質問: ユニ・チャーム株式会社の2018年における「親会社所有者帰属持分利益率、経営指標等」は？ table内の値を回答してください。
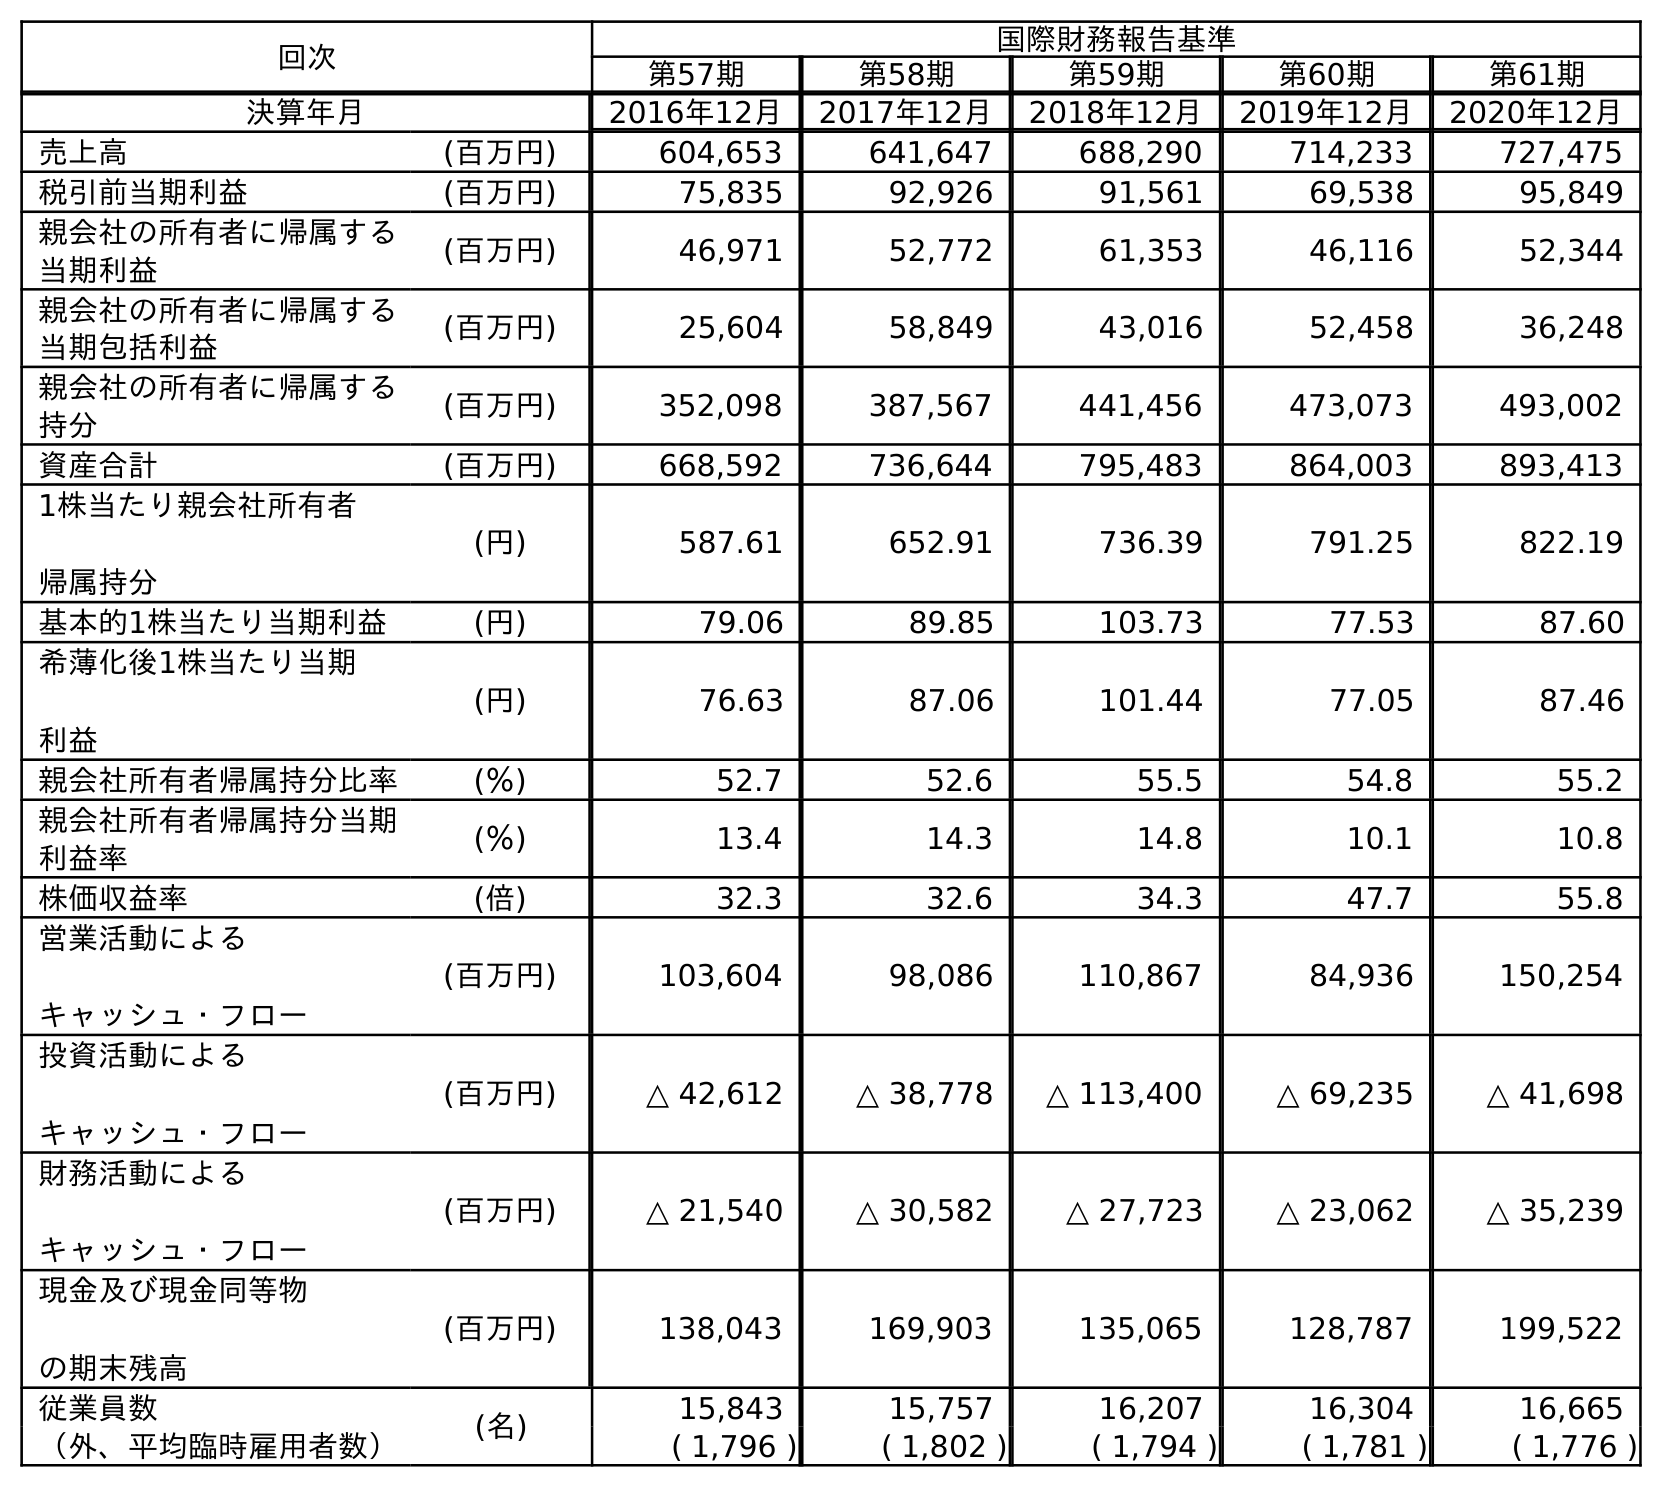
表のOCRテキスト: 回次 国際財務報告基準 第57期 第58期 第59期 第60期 第61期 決算年月 2016年12月 2017年12月 2018年12月 2019年12月 2020年12月 売上高 (百万円) 604,653 641,647 688,290 714,233 727,475 税引前当期利益 (百万円) 75,835 92,926 91,561 69,538 95,849 親会社の所有者に帰属する 当期利益 (百万円) 46,971 52,772 61,353 46,116 52,344 親会社の所有者に帰属する 当期包括利益 (百万円) 25,604 58,849 43,016 52,458 36,248 親会社の所有者に帰属する 持分 (百万円) 352,098 387,567 441,456 473,073 493,002 資産合計 (百万円) 668,592 736,644 795,483 864,003 893,413 1株当たり親会社所有者 帰属持分 (円) 587.61 652.91 736.39 791.25 822.19 基本的1株当たり当期利益 (円) 79.06 89.85 103.73 77.53 87.60 希薄化後1株当たり当期 利益 (円) 76.63 87.06 101.44 77.05 87.46 親会社所有者帰属持分比率 (％) 52.7 52.6 55.5 54.8 55.2 親会社所有者帰属持分当期 利益率 (％) 13.4 14.3 14.8 10.1 10.8 株価収益率 (倍) 32.3 32.6 34.3 47.7 55.8 営業活動による キャッシュ・フロー (百万円) 103,604 98,086 110,867 84,936 150,254 投資活動による キャッシュ・フロー (百万円) △ 42,612 △ 38,778 △ 113,400 △ 69,235 △ 41,698 財務活動による キャッシュ・フロー (百万円) △ 21,540 △ 30,582 △ 27,723 △ 23,062 △ 35,239 現金及び現金同等物 の期末残高 (百万円) 138,043 169,903 135,065 128,787 199,522 従業員数 (名) 15,843 15,757 16,207 16,304 16,665 （外、平均臨時雇用者数） ( 1,796 ) ( 1,802 ) ( 1,794 ) ( 1,781 ) ( 1,776 )
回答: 14.8